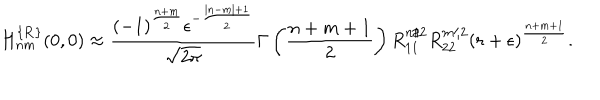
LaTeX: H _ { n m } ^ { \{ { \bf R } \} } ( 0 , 0 ) \approx \frac { ( - 1 ) ^ { \frac { n + m } 2 } \epsilon ^ { - \frac { | n - m | + 1 } 2 } } { \sqrt { 2 \pi } } \Gamma \left( \frac { n + m + 1 } 2 \right) R _ { 1 1 } ^ { n / 2 } R _ { 2 2 } ^ { m / 2 } \left( r + \epsilon \right) ^ { \frac { n + m + 1 } 2 } .